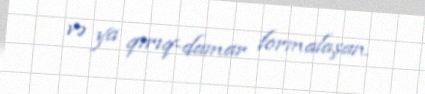
və ya qırıq-damar formalaşan.